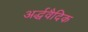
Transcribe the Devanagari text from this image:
अर्द्धवैदिक